system: You are a helpful assistant.
user:
Analyze the provided spectrum to determine if it is a **White Dwarf (WD)**.

A White Dwarf spectrum is defined by its **extreme purity** (due to gravitational settling) and/or **extreme pressure broadening** (due to high surface gravity). You must check for one of the following mutually exclusive signatures:

- **Key Visual Indicators (Check for ONE of these types):**

    - **1. DA-Type Signature (Most Common):**
        - **(Primary Feature):** Extreme pressure broadening (Stark broadening) of the **Hydrogen (H) Balmer lines**.
        - **(Key Lines):** $H\beta$ (approx. $4861$ Å) and $H\gamma$ (approx. $4340$ Å). $H\alpha$ (approx. $6563$ Å) will also be present if the wavelength range covers it.
        - **(Line Profile):** This is the **defining feature**. The lines are **NOT** sharp. They appear as massive, **extremely broad and deep "troughs" or "dips"** in the spectrum, often hundreds of Ångströms wide. The continuum will appear to "scoop" down at these wavelengths.
        - **(Distinction):** Normal A-type or B-type stars have *narrow* and *sharp* Hydrogen lines. A DA White Dwarf's lines are unmistakably "smeared" or "blurry" from pressure.

    - **2. DB-Type Signature:**
        - **(Primary Feature):** Broad absorption lines from **Neutral Helium (He I)**. The spectrum must lack any visible Hydrogen lines.
        - **(Key Lines):** Look for broad absorption near $4471$ Å, $4921$ Å, and $5876$ Å.
        - **(Line Profile):** These lines are also significantly pressure-broadened, appearing much wider than they would in a normal B-type main-sequence star.

    - **3. DC-Type Signature:**
        - **(Primary Feature):** A **featureless continuous spectrum**.
        - **(Line Profile):** The spectrum is a smooth curve with **no significant absorption or emission lines**.
        - **(Key Confirmation):** The continuum is almost always **blue or white**, indicating a hot object. This signature implies the atmosphere is so pure (or so cool) that no spectral lines are visible in the optical range. Its WD identity is confirmed by its extremely low intrinsic brightness (high absolute magnitude).

    - **4. DZ-Type Signature (Metal-Polluted):**
        - **(Primary Feature):** **Isolated, narrow metal absorption lines** on an otherwise featureless (DC-like) continuum.
        - **(Key Lines):** The **Calcium (Ca II) H & K doublet** (approx. **$3934$ Å** and **$3968$ Å**) is the most common and defining feature.
        - **(Line Profile):** These lines are "out of place." They are *not* part of a "forest" of thousands of lines. This signature is evidence of recent *accretion* (pollution) from rocky debris.
        - **(Distinction):** Normal G/K/M stars have a *dense forest* of thousands of metal lines. A DZ has a *clean* continuum with *only a few* strong metal lines.

    - **5. DQ-Type Signature (Carbon-Polluted):**
        - **(Primary Feature):** Absorption bands from **Carbon (C₂ "Swan Bands" or atomic C I)**.
        - **(Key Lines - C₂):** Look for bandheads with a "saw-tooth" shape near $5635$ Å, **$5165$ Å** (strongest), and $4737$ Å.
        - **(Key Confirmation):** The underlying **continuum must be blue or white** (hot).
        - **(Distinction):** This is the critical difference from a **Carbon Star**, which has the *exact same* C₂ bands but on an extremely **red, cool** continuum.

- **(Overall Spectrum):**
    - The continuum (overall shape) is typically **blue-sloping** (brighter in the blue than the red), as most white dwarfs are very hot.
    - The spectrum will look "pure" or "simple," dominated by only *one* of the five signatures listed above.

Think first, call **spectral_visualization_tool** if needed to examine features in detail, then provide your final answer. Your response must adhere to the following strict rules:
1.  **Overall Structure:** Your response must follow the format `<think>...</think> <tool_call>...</tool_call> (if a tool is used) <answer>...</answer>`.
2.  **Tool Usage Constraint:** You may only make **one** tool call per turn.
3.  **Final Answer Format:** In the `<answer>` tag, your conclusion must be inside a `\boxed{}` command (e.g., `\boxed{YES}` or `\boxed{NO}`), followed by your justification.

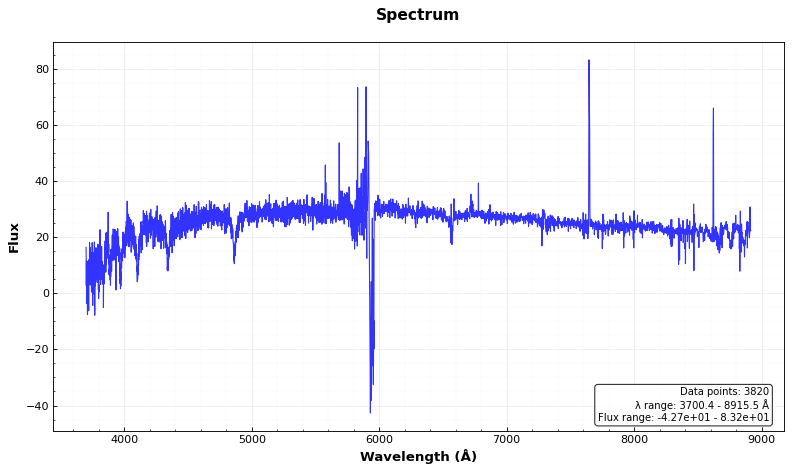
Answer: YES